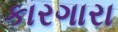
કારગારા